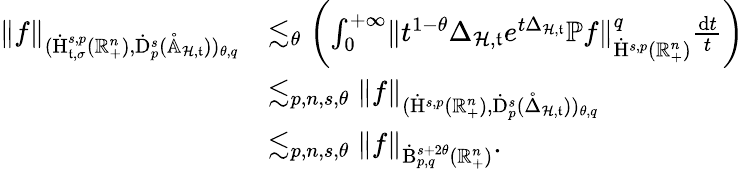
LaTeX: \begin{array}{rl}{\lVert f\rVert_{(\dot{\mathrm{H}}_{\mathfrak{t},\sigma}^{s,p}(\mathbb{R}_{+}^{n}),\dot{\mathrm{D}}_{p}^{s}(\mathring{\mathbb{A}}_{\mathcal{H},\mathfrak{t}}))_{\theta,q}}}&{\lesssim_{\theta}\left(\int_{0}^{+\infty}\lVert t^{1-\theta}\Delta_{\mathcal{H},\mathfrak{t}}e^{t\Delta_{\mathcal{H},\mathfrak{t}}}\mathbb{P}f\rVert_{\dot{\mathrm{H}}^{s,p}(\mathbb{R}_{+}^{n})}^{q}\frac{\mathrm{d}t}{t}\right)}\\ &{\lesssim_{p,n,s,\theta}\lVert f\rVert_{(\dot{\mathrm{H}}^{s,p}(\mathbb{R}_{+}^{n}),\dot{\mathrm{D}}_{p}^{s}(\mathring{\Delta}_{\mathcal{H},\mathfrak{t}}))_{\theta,q}}}\\ &{\lesssim_{p,n,s,\theta}\lVert f\rVert_{\dot{\mathrm{B}}_{p,q}^{s+2\theta}(\mathbb{R}_{+}^{n})}\mathrm{.~}}\end{array}